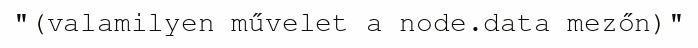
"(valamilyen művelet a node.data mezőn)"